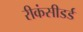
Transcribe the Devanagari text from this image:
रीकंसीडर्ड